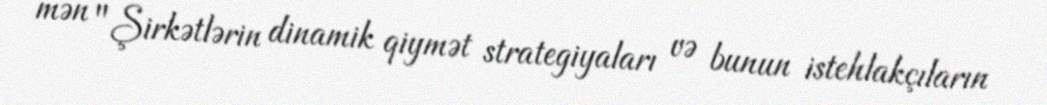
mən "Şirkətlərin dinamik qiymət strategiyaları və bunun istehlakçıların